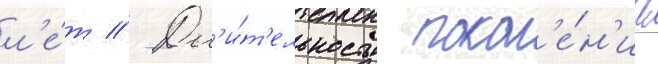
л'е́т // Дл'и́т'ельность покол'е́н'иа